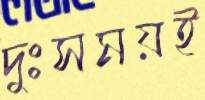
দুঃসময়ই